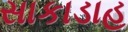
સાકાડાહ